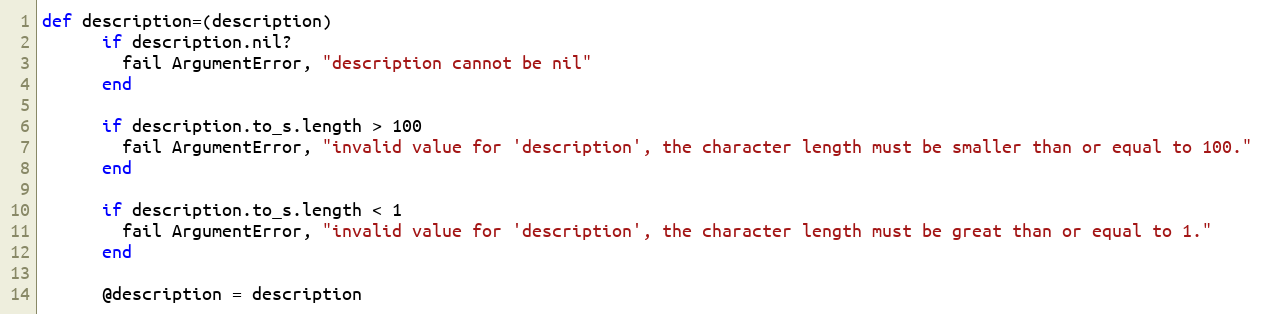
Language: Ruby
def description=(description)
      if description.nil?
        fail ArgumentError, "description cannot be nil"
      end

      if description.to_s.length > 100
        fail ArgumentError, "invalid value for 'description', the character length must be smaller than or equal to 100."
      end

      if description.to_s.length < 1
        fail ArgumentError, "invalid value for 'description', the character length must be great than or equal to 1."
      end

      @description = description